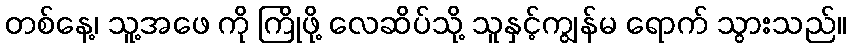
တစ်နေ့၊ သူ့အဖေ ကို ကြိုဖို့ လေဆိပ်သို့ သူနှင့်ကျွန်မ ရောက် သွားသည်။